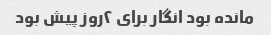
مانده بود انگار براى ٢روز پیش بود